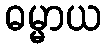
ဓမ္မာယ